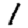
Digit: 1